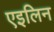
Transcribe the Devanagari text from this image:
एइलिन